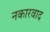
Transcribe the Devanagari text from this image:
नकारवाद